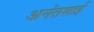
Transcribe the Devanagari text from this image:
अनंतशाई